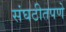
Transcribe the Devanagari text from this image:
संघठीतपणे